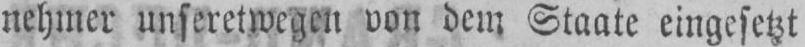
nehmer unseretwegen von dem Staate eingesetzt